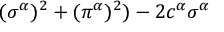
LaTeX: ( \sigma ^ { \alpha } ) ^ { 2 } + ( \pi ^ { \alpha } ) ^ { 2 } ) - 2 c ^ { \alpha } \sigma ^ { \alpha }